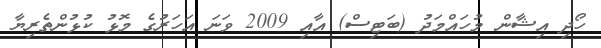
ހޯދި އިޝާން މުހައްމަދު (ބަޓިސް) އާއި 2009 ވަނަ އަހަރުގެ މޮޅު ކުޅުންތެރިޔާ